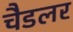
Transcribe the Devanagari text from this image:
चैडलर